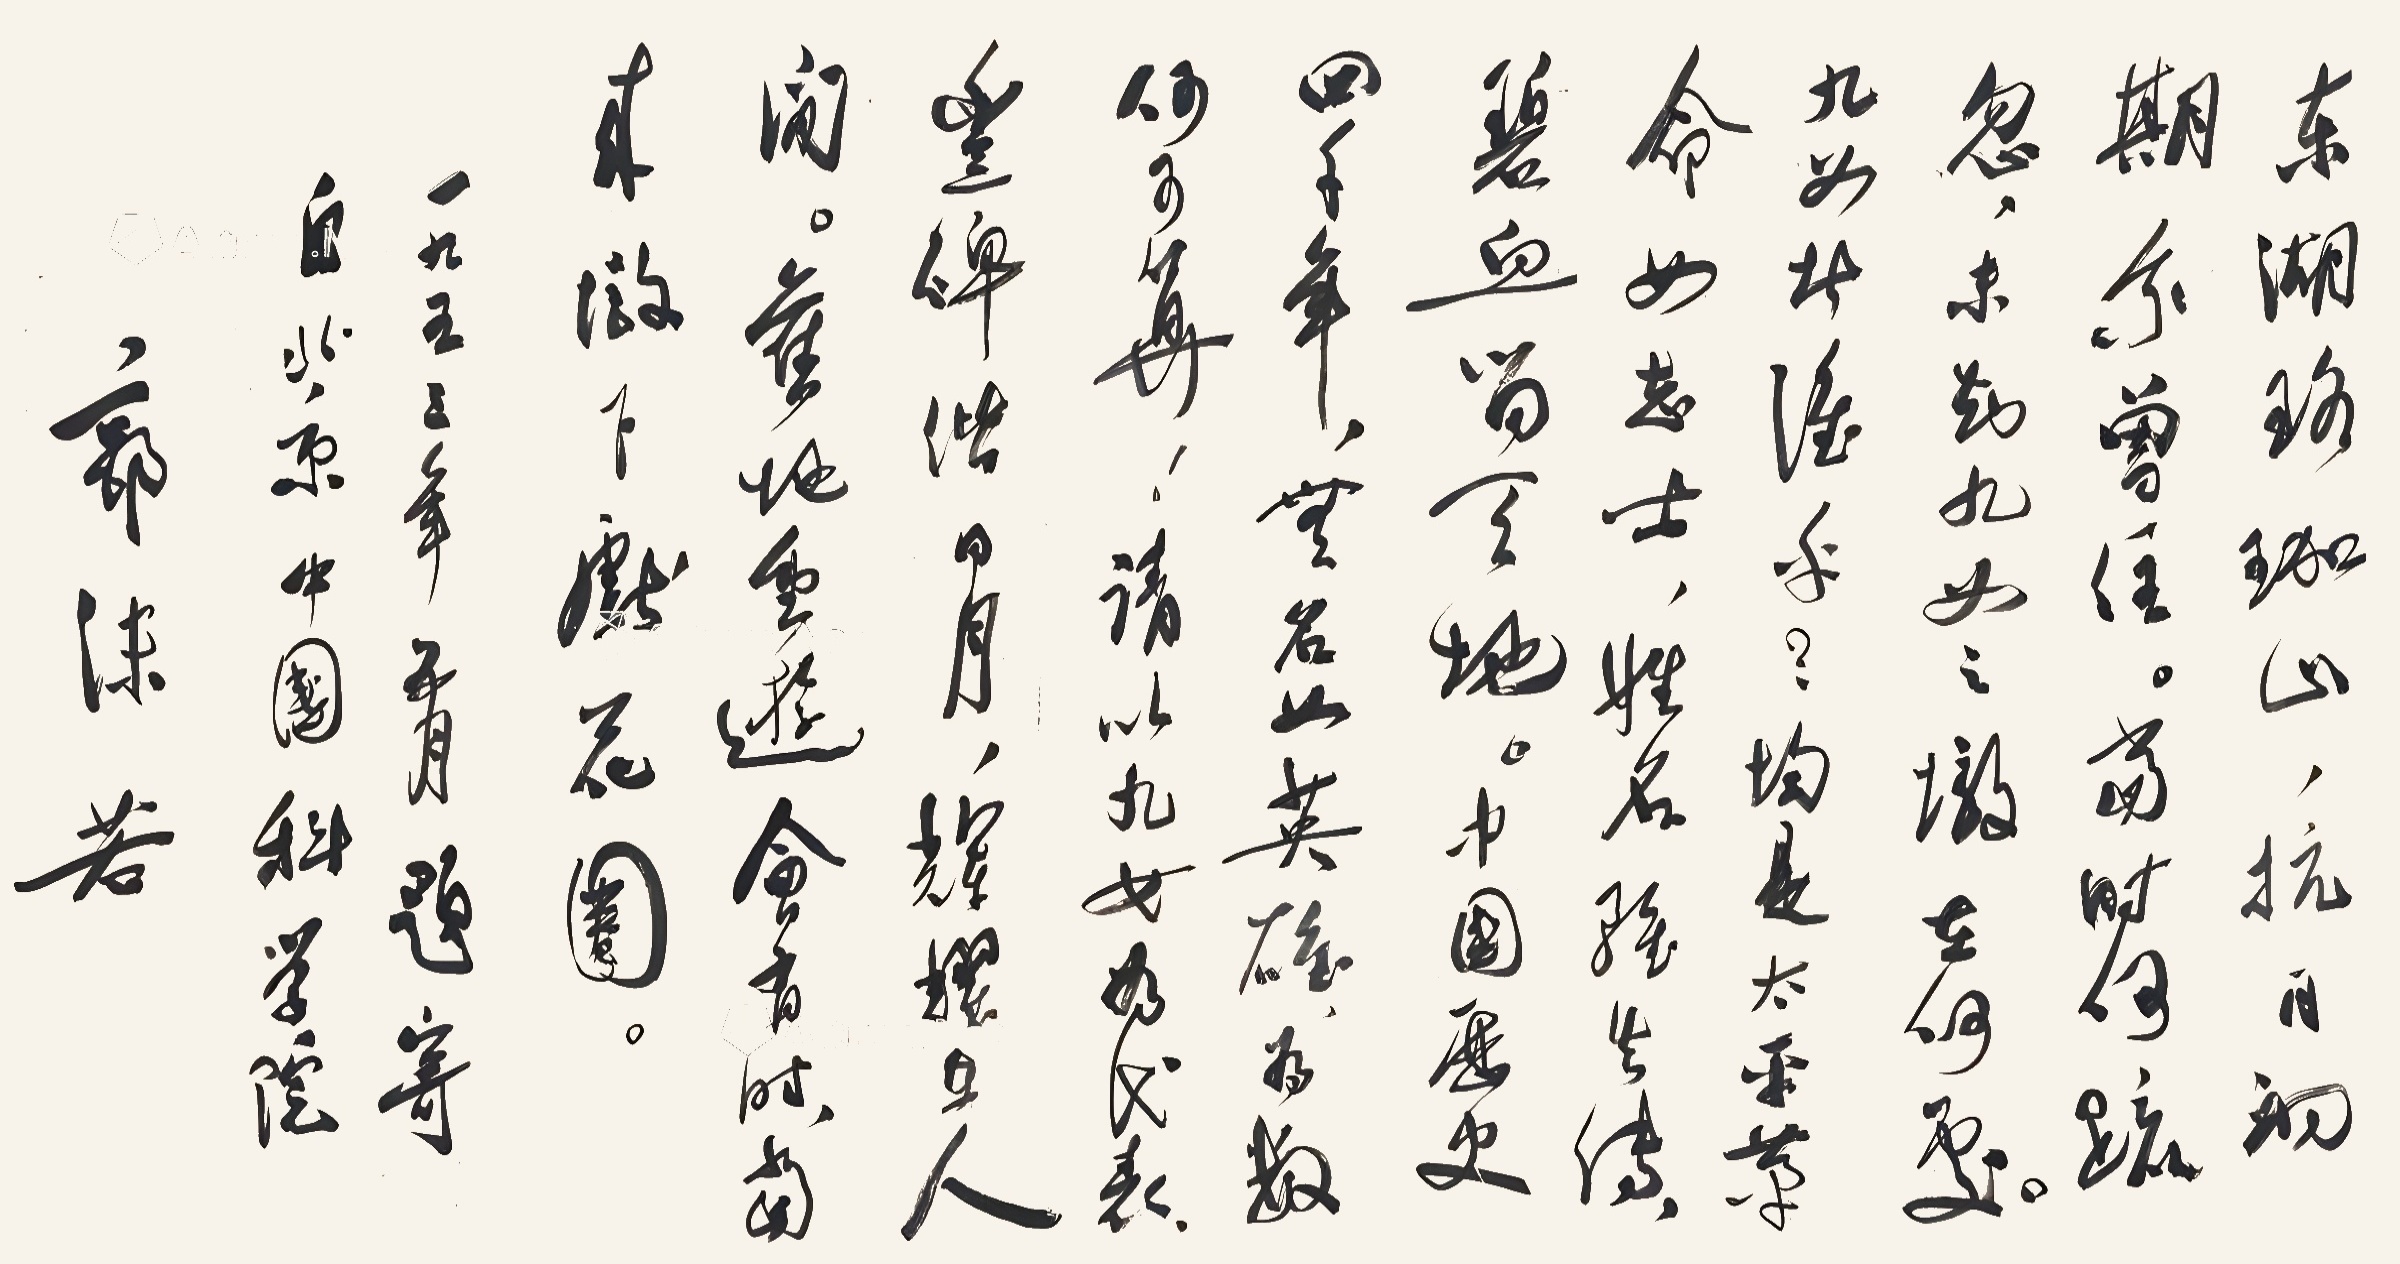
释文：东湖珞珈山，抗日初期我曾住。当时何疏忽，未知九女之墩在何处。九女者谁乎？均是太平革命女志士，姓名虽失传，碧血留天地。中国历史四千年，无名女英雄，为数何可算！请以九女为代表，丰碑偕日月，辉耀在人间。旧地重游会有时，当来墩下献花圈。一九五三年五月题寄自北京中国科学院，郭沫若。